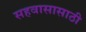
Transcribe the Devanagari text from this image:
सहवासासाठी